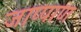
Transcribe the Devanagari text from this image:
जाप्पाण